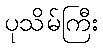
ပုသိမ်ကြီး